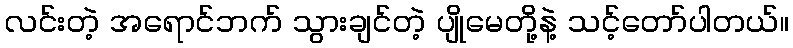
လင်းတဲ့ အရောင်ဘက် သွားချင်တဲ့ ပျိုမေတို့နဲ့ သင့်တော်ပါတယ်။